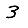
Digit: 3